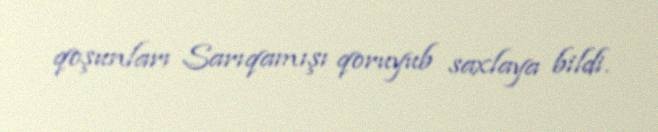
qoşunları Sarıqamışı qoruyub saxlaya bildi.